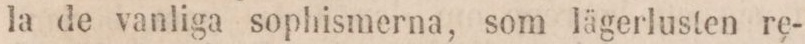
la de vanliga sophismerna, som lägerlusten re-